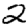
Digit: 2